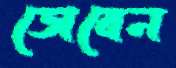
ডোবেন